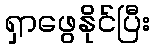
ရှာဖွေနိုင်ပြီး